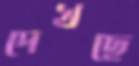
দেখছে